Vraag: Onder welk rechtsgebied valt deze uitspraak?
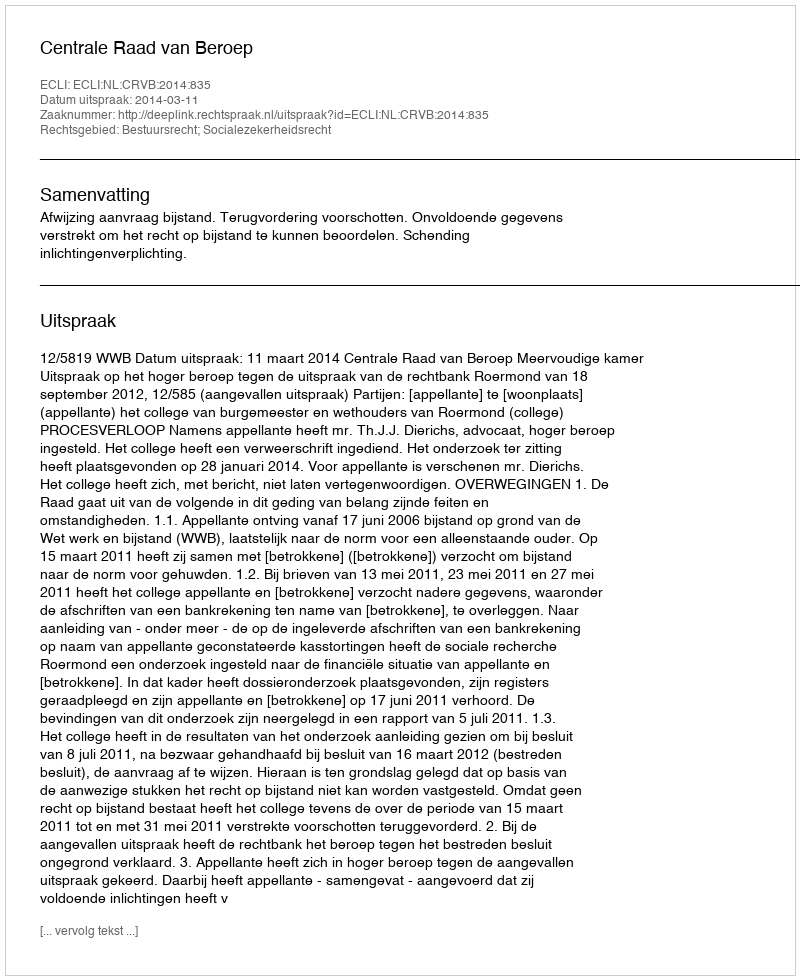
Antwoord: Bestuursrecht; Socialezekerheidsrecht